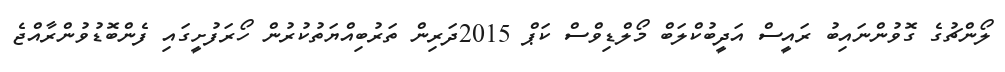
ލޯންޗުގެ ގޮވުންނައިބު ރައީސް އަދީބުކްލަބް މޯލްޑިވްސް ކަޕް 2015ދަރިން ތަރުބިއްޔަތުކުރުން ހޯރަފުށީގައި ފެންބޮޑުވުންރާއްޖެ